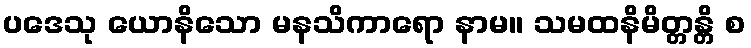
ပဒေသု ယောနိသော မနသိကာရော နာမ။ သမထနိမိတ္တန္တိ စ